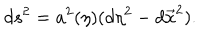
LaTeX: d s ^ { 2 } = a ^ { 2 } ( \eta ) ( d \eta ^ { 2 } - d \vec { x } ^ { 2 } ) .